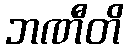
ဘဏီတိ